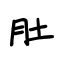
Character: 肚